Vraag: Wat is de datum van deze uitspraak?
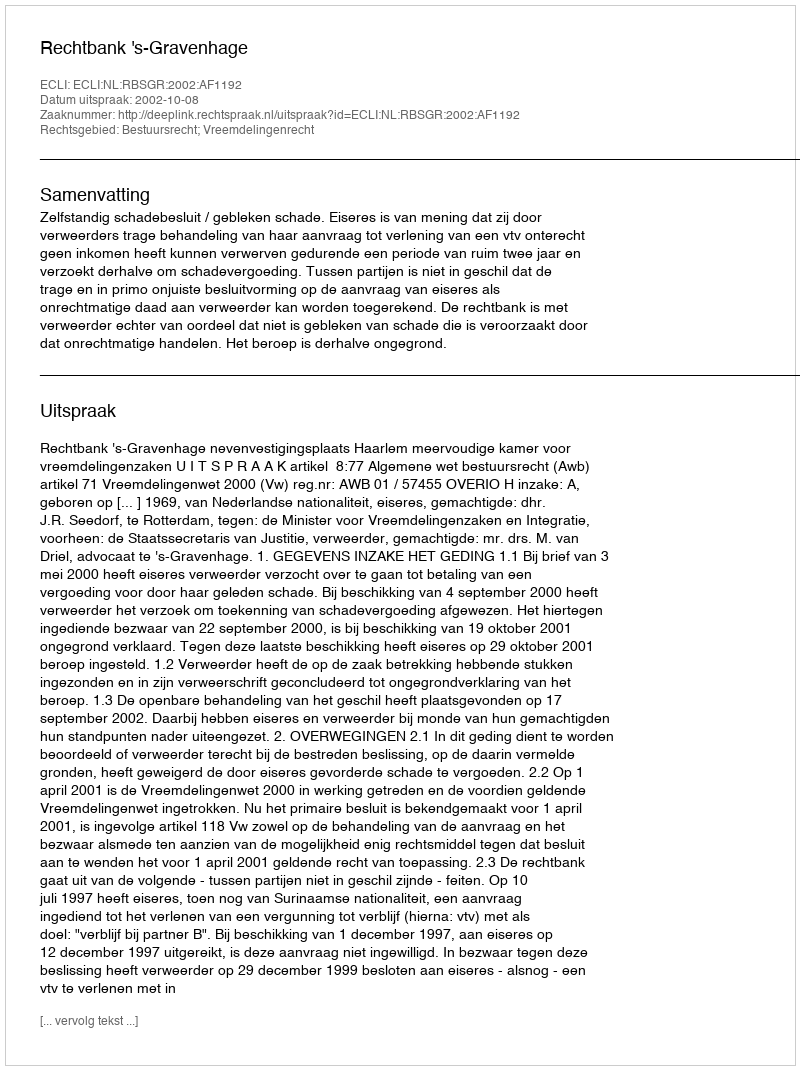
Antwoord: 2002-10-08